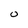
Character: 0